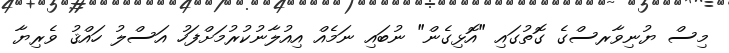
މިސް ޔުނިވާރސްގެ ގޮތުގައި "އޮޅިގެން" ނުބައި ނަމެއް އިއުލާނުކުރުމަށްފަހު އަސްލު ހައްޤު ވެރިޔާ